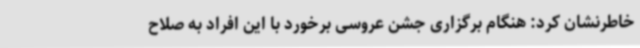
خاطرنشان کرد: هنگام برگزاری جشن عروسی برخورد با این افراد به صلاح